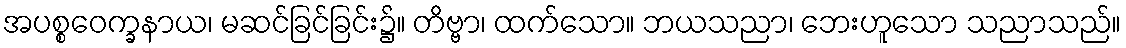
အပစ္စဝေက္ခနာယ၊ မဆင်ခြင်ခြင်း၌။ တိဗ္ဗာ၊ ထက်သော။ ဘယသညာ၊ ဘေးဟူသော သညာသည်။